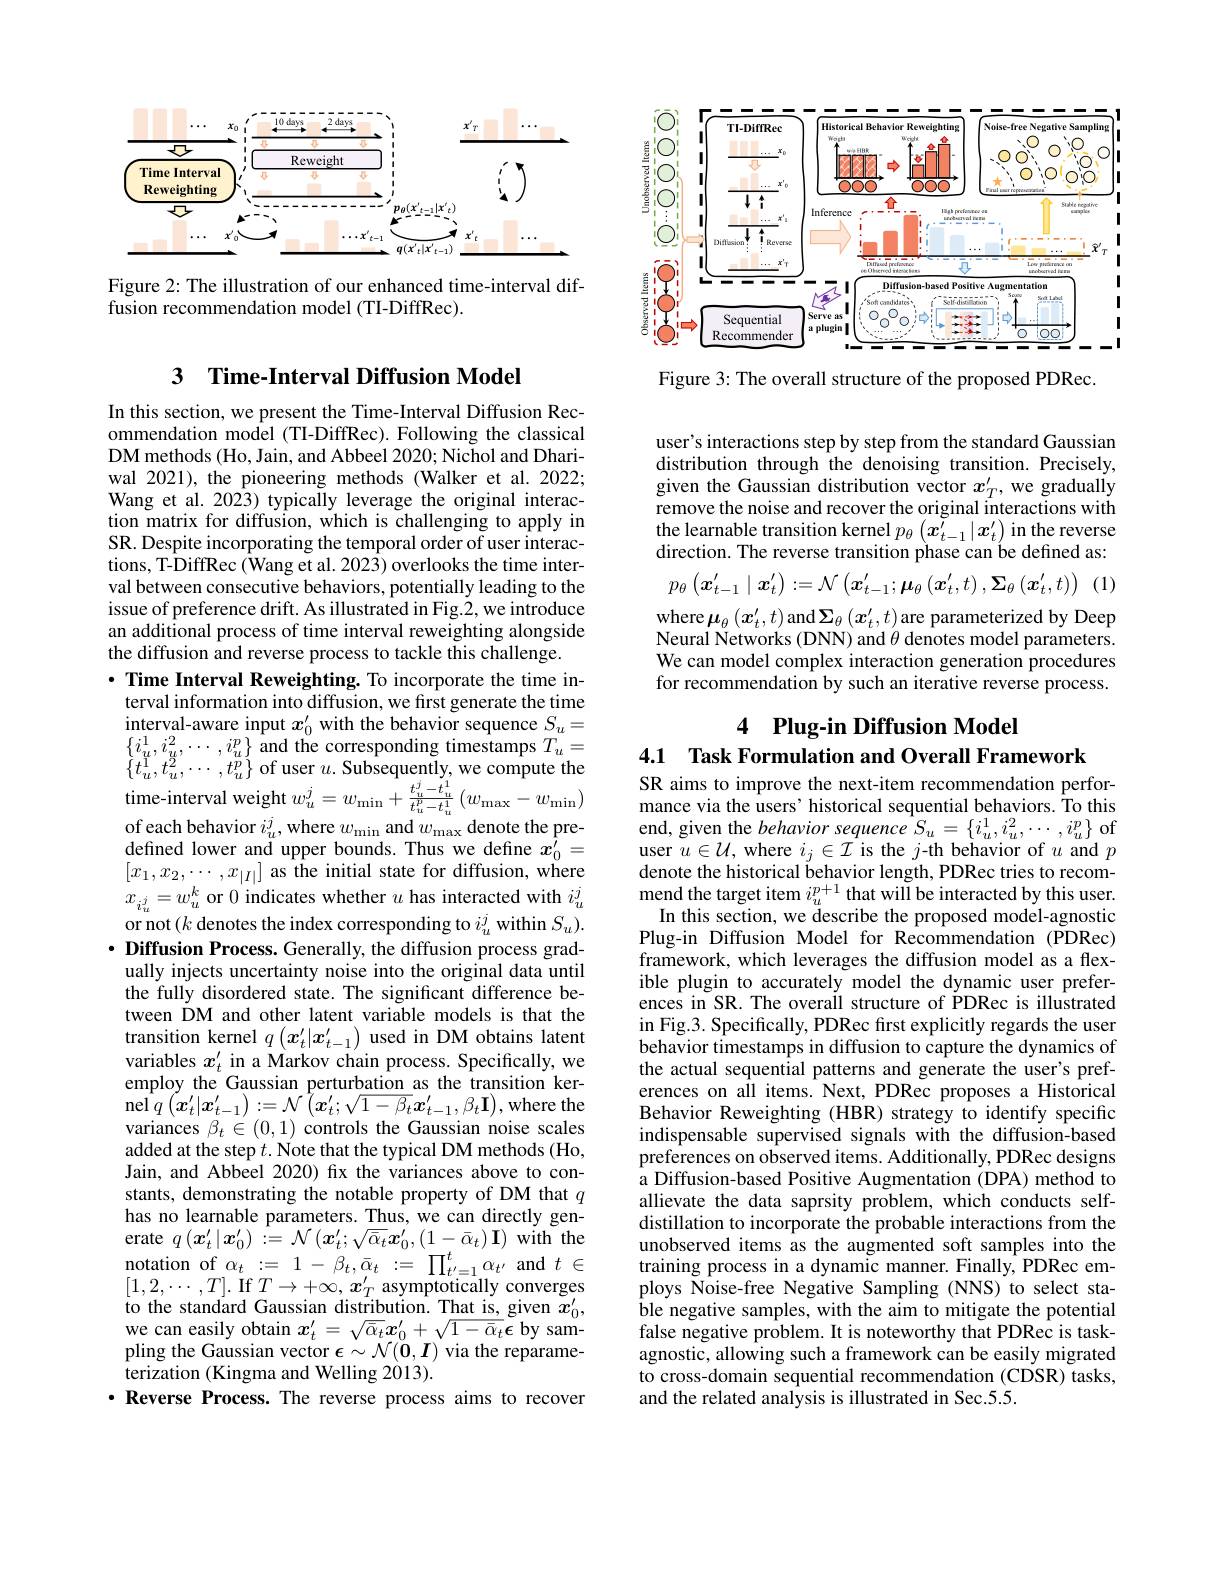
<FigureHere>

Figure 2: The illustration of our enhanced time-interval dif-
fusion recommendation model (TI-DiffRec).

### 3 Time-Interval Diffusion Model

In this section, we present the Time-Interval Diffusion Recommendation model (TI-DiffRec).Following the classical DM methods (Ho, Jain, and Abbeel 2020; Nichol and Dhariwal 2021), the pioneering methods (Walker et al. 2022; Wang et al. 2023) typically leverage the original interaction matrix for diffusion, which is challenging to apply in SR. Despite incorporating the temporal order of user interactions, T-DiffRec (Wang et al. 2023) overlooks the time interval between consecutive behaviors, potentially leading to the issue of preference drift. As illustrated in Fig.2, we introduce an additional process of time interval reweighting alongside the diffusion and reverse process to tackle this challenge.
·Time Interval Reweighting. To incorporate the time interval information into diffusion, we first generate the time $\begin{array}{l}{\mathrm{interval-aware~input~}x_{0}^{\prime}~with~the~behavior~sequence~}S_{u}=\\{\{i_{u}^{1},i_{u}^{2},\cdots,i_{u}^{p}\}~and~the~corresponding~timestamps~}T_{u}=\\{\{t_{u}^{1},t_{u}^{2},\cdots,t_{u}^{p}\}~of~user~u.~Subsequently,~we~compute~the}\end{array}$ time-interval weight $w_u^j=w_{\mathrm{min}}+\frac{t_u^j-\dot{t}_u^1}{t_u^p-t_u^1}\left(w_{\mathrm{max}}-w_{\mathrm{min}}\right)$ of each behavior $i_u^j$,where $w_\mathrm{min}$ and $w_\mathrm{max}$ denote the predefined lower and upper bounds. Thus we define $x_0^{\prime}=$ $[x_1,x_2,\cdots,x_{|I|}]$ as the initial state for diffusion, where $x_{i_u^j}=w_u^k$ or 0 indicates whether $u$ has interacted with $i_u^j$ or not$(k$ denotes the index corresponding to $i_u^j$ within $S_u).$ $\cdot \textbf{Diffusion Process. Generally, the diffusion process grad- }$ ually injects uncertainty noise into the original data until the fully disordered state. The significant difference between DM and other latent variable models is that the transition kernel $q\left(x_{t}^{\prime}|x_{t-1}^{\prime}\right)$ used in DM obtains latent variables $x_t^{\prime}$ in a Markov chain process. Specifically, we employ the Gaussian perturbation as the transition ker- $\operatorname*{nel}_{\begin{aligned}q\left(\tilde{x}_{t}^{\prime}|x_{t-1}^{\prime}\right):=\mathcal{N}\left(\tilde{x}_{t}^{\prime};\sqrt{1-\beta_{t}}\boldsymbol{x}_{t-1}^{\prime},\beta_{t}\mathbf{I}\right),\end{aligned}{\mathrm{where~the}}}$ variances $\beta_{t}\in(0,1)$ controls the Gaussian noise scales added at the step $t.$ Note that the typical DM methods (Ho, Jain, and Abbeel 2020) fix the variances above to constants, demonstrating the notable property of DM that $q$ has no learnable parameters. Thus, we can directly generate $q\left(\boldsymbol{x}_{t}^{\prime}|\boldsymbol{x}_{0}^{\prime}\right):=\mathcal{N}\left(\boldsymbol{x}_{t}^{\prime};\sqrt{\bar{\alpha}_{t}}\boldsymbol{x}_{0}^{\prime},\left(1-\bar{\alpha}_{t}\right)\mathbf{I}\right)$ with the $\begin{array}{cc}{\text{notation of }\alpha_{t}}&{:=}&{1-\beta_{t},\bar{\alpha}_{t}}&{:=}&{\prod_{t^{\prime}=1}^{t}\alpha_{t^{\prime}}}&{\mathrm{and}}&{t\in}\end{array}$ $[1,2,\cdots,T].$ If $T\to+\infty,\boldsymbol{x}_T^\prime$ asymptotically converges to the standard Gaussian distribution. That is, given $\bar{x}_0^{\prime}$, we can easily obtain $x_t^{\prime}=\sqrt{\bar{\alpha}_t}x_0^{\prime}+\sqrt{1-\bar{\alpha}_t}\epsilon$ by sampling the Gaussian vector $\epsilon\sim\mathcal{N}(\mathbf{0},\boldsymbol{I})$ via the reparameterization (Kingma and Welling 2013).
$\cdot$ Reverse Process. The reverse process aims to recover

<FigureHere>

Figure 3: The overall structure of the proposed PDRec

user's interactions step by step from the standard Gaussian distribution through the denoising transition. Precisely, given the Gaussian distribution vector $x_T^{\prime}$, we gradually remove the noise and recover the original interactions with the learnable transition kernel $p_\theta\left(\tilde{x_{t-1}^{\prime}}|x_t^{\prime}\right)$ in the reverse direction. The reverse transition phase can be defined as:
(1)
$$p_{\theta}\left(\boldsymbol{x}_{t-1}^{\prime}\mid\boldsymbol{x}_{t}^{\prime}\right):=\mathcal{N}\left(\boldsymbol{x}_{t-1}^{\prime};\boldsymbol{\mu}_{\theta}\left(\boldsymbol{x}_{t}^{\prime},t\right),\boldsymbol{\Sigma}_{\theta}\left(\boldsymbol{x}_{t}^{\prime},t\right)\right)$$
where $\boldsymbol{\mu}_\theta\left(\boldsymbol{x}_t^{\prime},t\right)$and $\boldsymbol\Sigma_\theta\left(\boldsymbol{x}_t^{\prime},t\right)$are parameterized by Deep Neural Networks (DNN) and $\hat\theta$ denotes model parameters. We can model complex interaction generation procedures for recommendation by such an iterative reverse process.

## 4 Plug-in Diffusion Model 4.1 Task Formulation and Overall Framework

SR aims to improve the next-item recommendation performance via the users' historical sequential behaviors. To this $\begin{array}{l}{\mathrm{end,~given~the~}behavior~sequence~S_{u}=\{i_{u}^{1},i_{u}^{2},\cdots,i_{u}^{p}\}~of}\\{\mathrm{user~}u\in\mathcal{U},~\mathrm{where~}i_{j}\in\mathcal{I}~\mathrm{is~the~}j\text{-th behavior of}~u~and~p}\end{array}$ denote the historical behavior length, PDRec tries to recommend the target item $i_u^{p+1}$ that will be interacted by this user.
In this section, we describe the proposed model-agnostic Plug-in Diffusion Model for Recommendation (PDRec) framework, which leverages the diffusion model as a flexible plugin to accurately model the dynamic user preferences in SR. The overail structure of PDRec is illustrated in Fig.3. Specifically, PDRec first explicitly regards the user behavior timestamps in diffusion to capture the dynamics of the actual sequential patterns and generate the user's preferences on all items. Next, PDRec proposes a Historical Behavior Reweighting (HBR) strategy to identify specific indispensable supervised signals with the diffusion-based preferences on observed items. Additionally, PDRec designs a Diffusion-based Positive Augmentation (DPA) method to allievate the data saprsity problem, which conducts selfdistillation to incorporate the probable interactions from the unobserved items as the augmented soft samples into the training process in a dynamic manner. Finally, PDRec employs Noise-free Negative Sampling (NNS) to select stable negative samples, with the aim to mitigate the potential false negative problem. It is noteworthy that PDRec is taskagnostic, allowing such a framework can be easily migrated to cross-domain sequential recommendation (CDSR) tasks, and the related analysis is illustrated in Sec.5.5